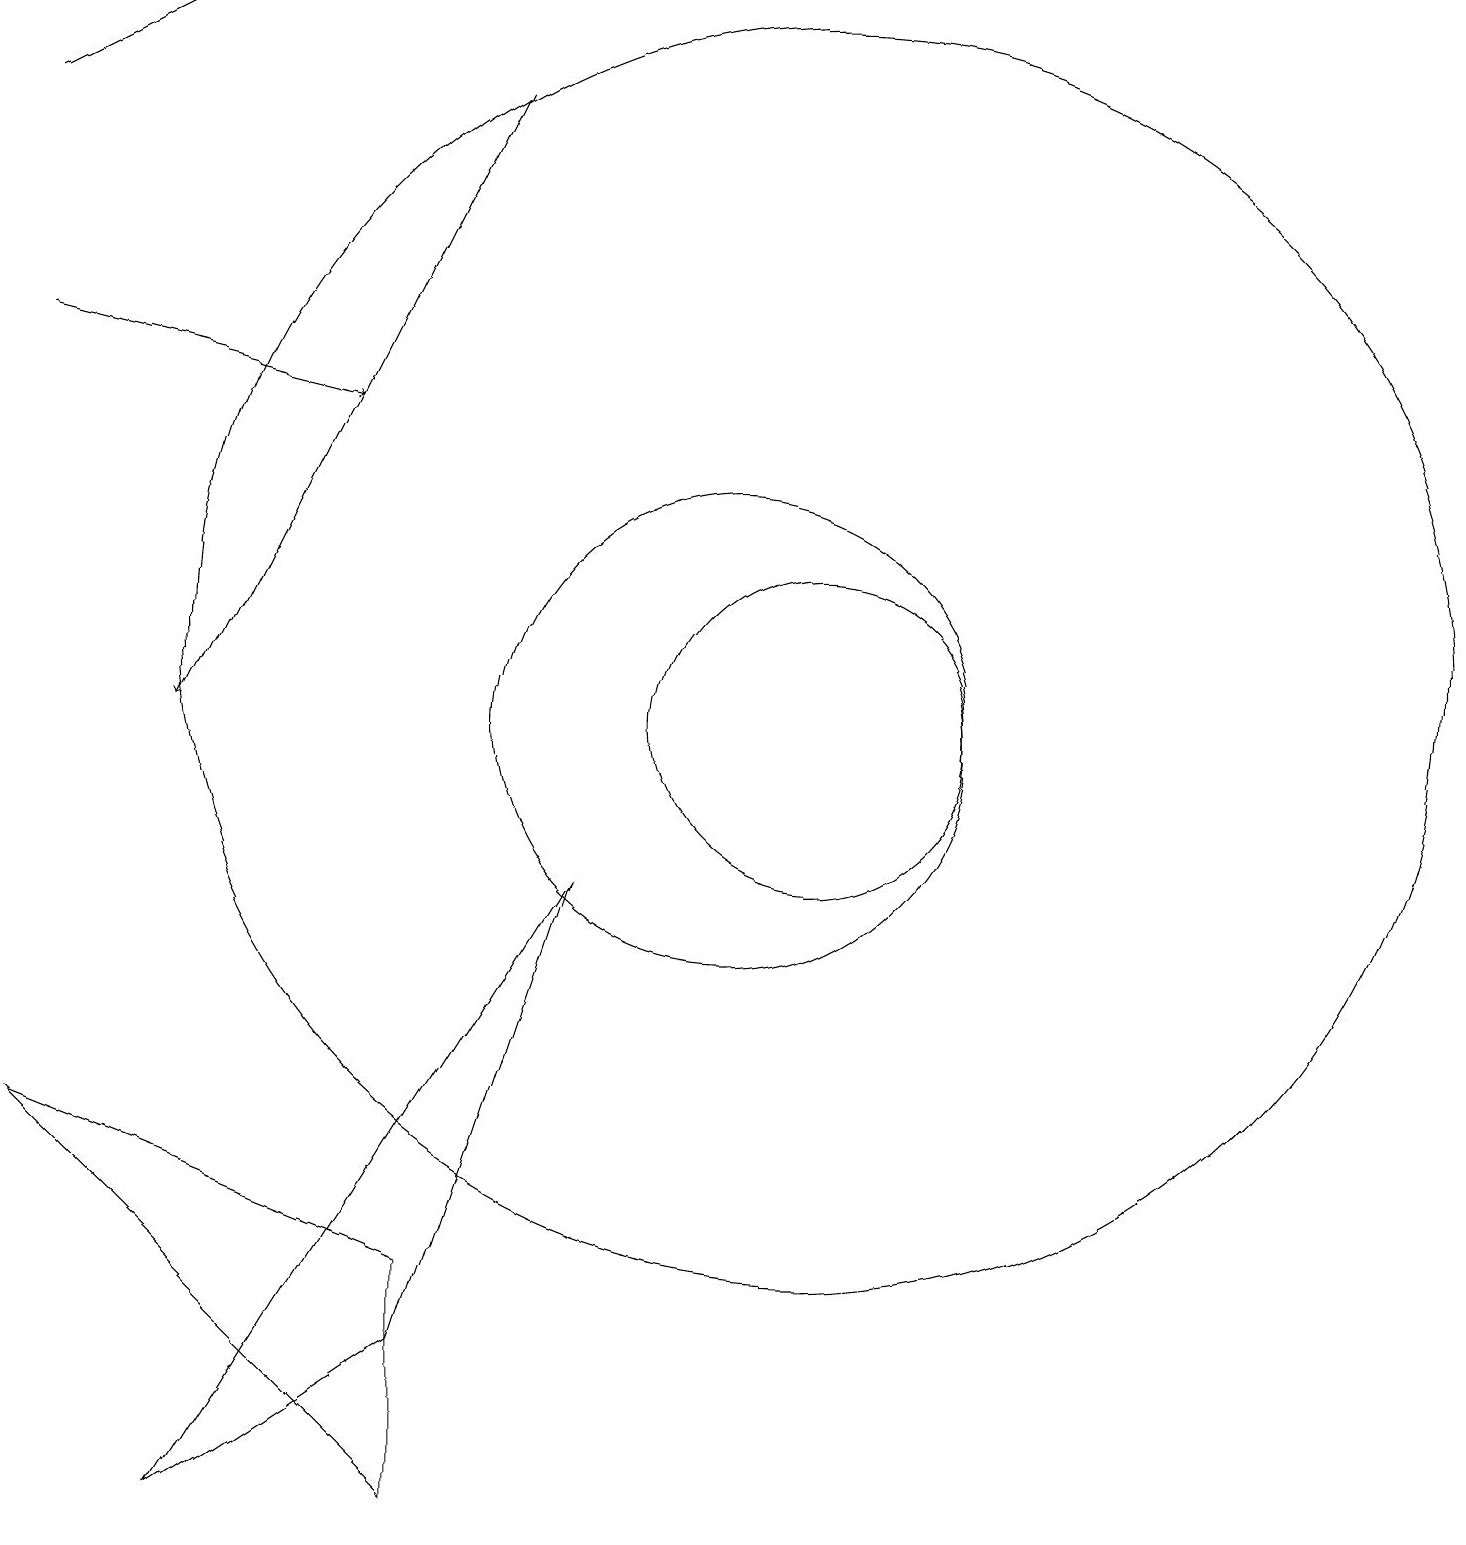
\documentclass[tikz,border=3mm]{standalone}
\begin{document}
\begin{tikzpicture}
\draw (6,0) -- (6,3) -- (1,5) -- cycle;
\draw (10,10) circle (3);
\draw (11,10) circle (2);
\draw[->] (7,18) -- (3,10);
\draw (11,11) circle (8);
\draw (8,8) -- (3,0) -- (6,2) -- cycle;
\draw[->] (1,15) -- (5,14);
\draw[->] (1,18) -- (3,19);
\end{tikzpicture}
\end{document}